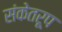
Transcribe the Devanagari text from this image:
संकेतरूप